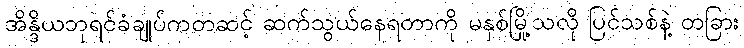
အိန္ဒိယဘုရင်ခံချုပ်ကတဆင့် ဆက်သွယ်နေရတာကို မနှစ်မြို့သလို ပြင်သစ်နဲ့ တခြား